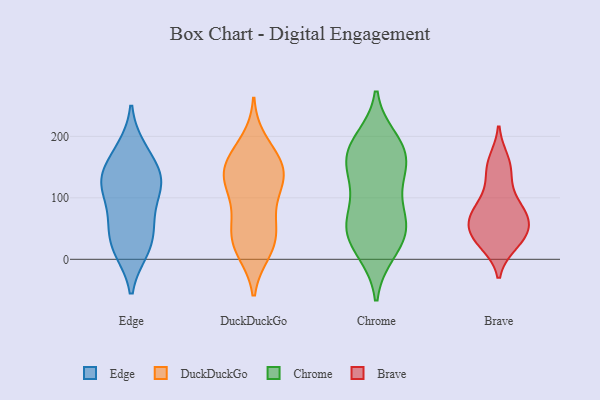
{"axis": {"x": "Shipments", "y": "Value"}, "legend": ["Brave", "Chrome", "DuckDuckGo", "Edge"], "data": [{"x": "", "y": 121, "type": "Edge"}, {"x": "", "y": 128, "type": "Edge"}, {"x": "", "y": 180, "type": "Edge"}, {"x": "", "y": 145, "type": "Edge"}, {"x": "", "y": 177, "type": "Edge"}, {"x": "", "y": 139, "type": "Edge"}, {"x": "", "y": 119, "type": "Edge"}, {"x": "", "y": 14, "type": "Edge"}, {"x": "", "y": 17, "type": "Edge"}, {"x": "", "y": 16, "type": "Edge"}, {"x": "", "y": 55, "type": "Edge"}, {"x": "", "y": 55, "type": "Edge"}, {"x": "", "y": 60, "type": "Edge"}, {"x": "", "y": 97, "type": "Edge"}, {"x": "", "y": 124, "type": "Edge"}, {"x": "", "y": 102, "type": "DuckDuckGo"}, {"x": "", "y": 149, "type": "DuckDuckGo"}, {"x": "", "y": 153, "type": "DuckDuckGo"}, {"x": "", "y": 192, "type": "DuckDuckGo"}, {"x": "", "y": 75, "type": "DuckDuckGo"}, {"x": "", "y": 131, "type": "DuckDuckGo"}, {"x": "", "y": 125, "type": "DuckDuckGo"}, {"x": "", "y": 12, "type": "DuckDuckGo"}, {"x": "", "y": 58, "type": "DuckDuckGo"}, {"x": "", "y": 40, "type": "DuckDuckGo"}, {"x": "", "y": 169, "type": "DuckDuckGo"}, {"x": "", "y": 44, "type": "DuckDuckGo"}, {"x": "", "y": 162, "type": "DuckDuckGo"}, {"x": "", "y": 14, "type": "DuckDuckGo"}, {"x": "", "y": 127, "type": "DuckDuckGo"}, {"x": "", "y": 23, "type": "DuckDuckGo"}, {"x": "", "y": 132, "type": "DuckDuckGo"}, {"x": "", "y": 11, "type": "Chrome"}, {"x": "", "y": 184, "type": "Chrome"}, {"x": "", "y": 166, "type": "Chrome"}, {"x": "", "y": 111, "type": "Chrome"}, {"x": "", "y": 48, "type": "Chrome"}, {"x": "", "y": 61, "type": "Chrome"}, {"x": "", "y": 11, "type": "Chrome"}, {"x": "", "y": 133, "type": "Chrome"}, {"x": "", "y": 66, "type": "Chrome"}, {"x": "", "y": 188, "type": "Chrome"}, {"x": "", "y": 40, "type": "Chrome"}, {"x": "", "y": 154, "type": "Chrome"}, {"x": "", "y": 68, "type": "Chrome"}, {"x": "", "y": 45, "type": "Chrome"}, {"x": "", "y": 139, "type": "Chrome"}, {"x": "", "y": 170, "type": "Chrome"}, {"x": "", "y": 195, "type": "Chrome"}, {"x": "", "y": 104, "type": "Brave"}, {"x": "", "y": 26, "type": "Brave"}, {"x": "", "y": 160, "type": "Brave"}, {"x": "", "y": 140, "type": "Brave"}, {"x": "", "y": 79, "type": "Brave"}, {"x": "", "y": 79, "type": "Brave"}, {"x": "", "y": 36, "type": "Brave"}, {"x": "", "y": 73, "type": "Brave"}, {"x": "", "y": 38, "type": "Brave"}, {"x": "", "y": 151, "type": "Brave"}, {"x": "", "y": 64, "type": "Brave"}, {"x": "", "y": 65, "type": "Brave"}, {"x": "", "y": 46, "type": "Brave"}, {"x": "", "y": 31, "type": "Brave"}]}